Lunatic asylums Central Provinces reports 1895-1909 - 1895-1909
Year: 1895
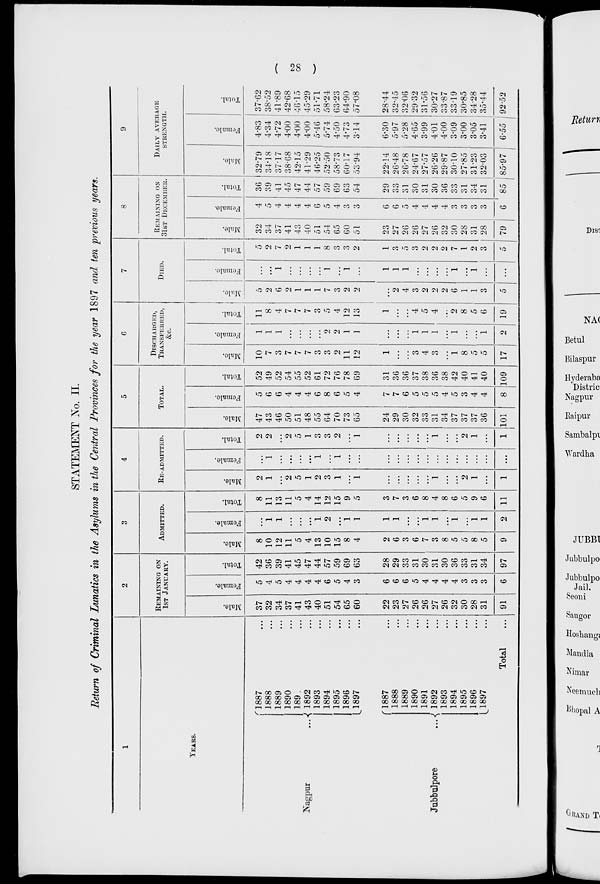
( 28 )
STATEMENT No. II.
Return of Criminal Lunatics in the Asylums in the Central Provinces for the year 1897 and ten previous years.
1
YEARS.
Nagpur
...
Jubbulpore
...
1887 ...
1888 ...
1889 ...
1890 ...
1891 ...
1892 ...
1893 ...
1894 ...
1895 ...
1896 ...
1897 ...
1887 ...
1888 ...
1889 ...
1890 ...
1891 ...
1892 ...
1893 ...
1894 ...
1895 ...
1896 ...
1897 ...
Total ...
2
REMAINING ON
1ST JANUARY.
Male.
37
32
34
37
41
43
40
51
54
65
60
22
23
27
26
26
27
26
32
30
28
31
91
Female.
5
4
5
4
4
4
4
6
5
4
3
6
6
6
5
4
4
4
4
3
3
3
6
Total.
42
36
39
41
45
47
44
57
59
69
63
28
29
33
31
30
31
30
36
33
31
34
97
3
ADMITTED.
Male.
8
10
12
11
5
4
13
10
15
8
4
2
6
3
6
7
3
8
5
5
8
5
9
Female.
...
1
1
...
...
...
1
2
...
1
1
1
1
...
...
1
1
...
1
...
1
1
2
Total.
8
11
13
11
5
4
14
12
15
9
5
3
7
3
6
8
4
8
6
5
9
6
11
4
RE-ADMITTED.
Male.
2
1
...
2
5
1
2
3
1
...
1
...
...
...
...
...
1
...
...
2
1
...
1
Female.
...
1
...
...
...
...
1
...
1
...
...
...
...
...
...
...
...
...
...
...
...
...
...
Total.
2
2
...
2
5
1
3
3
2
...
1
...
...
...
...
...
1
...
...
2
1
...
1
5
TOTAL.
Male.
47
43
46
50
51
48
55
64
70
73
65
24
29
30
32
33
31
34
37
37
37
36
101
Female.
5
6
6
4
4
4
6
8
6
5
4
7
7
6
5
5
5
4
5
3
4
4
8
Total.
52
49
52
54
55
52
61
72
76
78
69
31
36
36
37
38
36
38
42
40
41
40
109
6
DISCHARGED,
TRANSFERRED,
&c.
Male.
10
7
3
7
7
7
3
3
2
11
12
1
...
...
3
4
3
...
1
8
5
5
17
Female.
1
1
1
...
...
...
...
2
2
1
1
...
...
...
1
1
1
...
1
...
...
1
2
Total.
11
8
4
7
7
7
3
5
4
12
13
1
...
...
4
5
4
...
2
8
5
6
19
7
DIED.
Male.
5
2
6
2
1
1
1
7
3
2
2
...
2
4
3
2
2
2
6
1
1
3
5
Female.
...
...
1
...
...
...
...
1
...
1
...
1
1
1
...
...
...
...
1
...
1
...
...
Total.
5
2
7
2
1
1
1
8
3
3
2
1
3
5
3
2
2
2
7
1
2
3
5
8
REMAINING ON
31ST DECEMBER.
Male.
32
34
37
41
43
40
51
54
65
60
51
23
27
26
26
27
26
32
30
28
31
28
79
Female.
4
5
4
4
4
4
6
5
4
3
3
6
6
5
4
4
4
4
3
3
3
3
6
Total.
36
39
41
45
47
44
57
59
69
63
54
29
33
31
30
31
30
36
33
31
34
31
85
9
DAILY AVERAGE
STRENGTH.
Male.
32.79
34.18
37.17
38.68
42.15
41.29
46.25
52.50
58.73
60.17
53.94
22.14
26.48
26.78
24.67
27.57
26.26
29.87
30.10
27.85
31.23
32.03
85.97
Female.
4.83
4.34
4.72
4.00
4.00
4.00
5.46
5.74
4.50
4.73
3.14
6.30
5.97
5.28
4.65
3.99
4.01
4.00
3.09
3.00
3.05
3.41
6.55
Total.
37.62
38.52
41.89
42.68
46.15
45.29
51.71
58.24
63.23
64.90
57.08
28.44
32.45
32.06
29.32
31.56
30.27
33.87
33.19
30.85
34.28
35.44
92.52